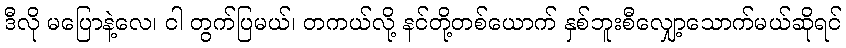
ဒီလို မပြောနဲ့လေ၊ ငါ တွက်ပြမယ်၊ တကယ်လို့ နင်တို့တစ်ယောက် နှစ်ဘူးစီလျှော့သောက်မယ်ဆိုရင်